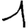
Digit: 1